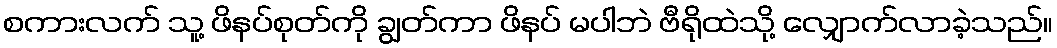
စကားလက် သူ့ ဖိနပ်စုတ်ကို ချွတ်ကာ ဖိနပ် မပါဘဲ ဗီရိုထဲသို့ လျှောက်လာခဲ့သည်။